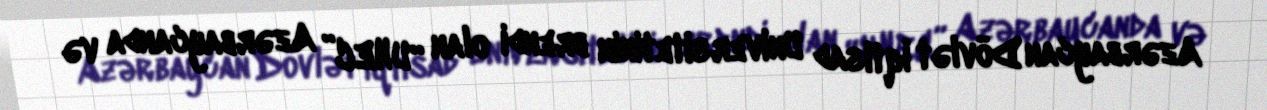
Azərbaycan Dövlət İqtisad Universitetinin brendi olan “UNEC” Azərbaycanda və